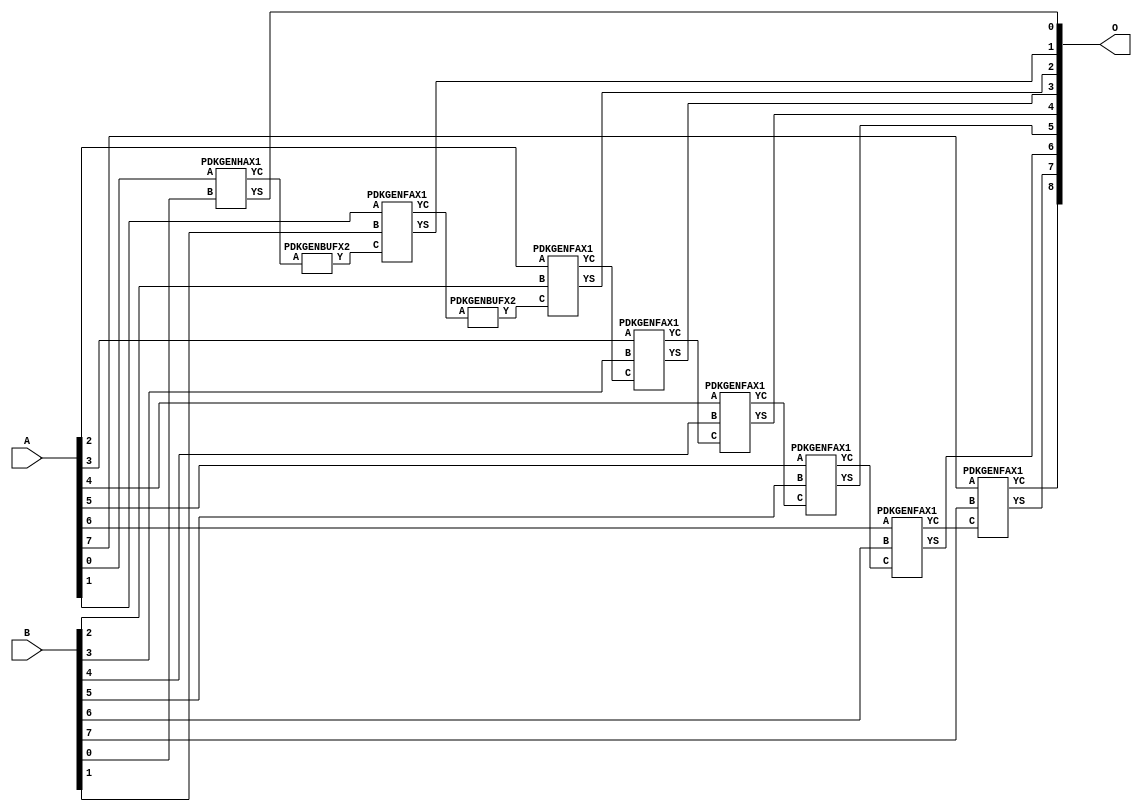
// Library = EvoApprox8b
// Circuit = add8_146
// Area   (180) = 968
// Delay  (180) = 1.760
// Power  (180) = 355.10
// Area   (45) = 72
// Delay  (45) = 0.680
// Power  (45) = 34.02
// Nodes = 10
// HD = 0
// MAE = 0.00000
// MSE = 0.00000
// MRE = 0.00 %
// WCE = 0
// WCRE = 0 %
// EP = 0.0 %

module add8_146(A, B, O);
  input [7:0] A;
  input [7:0] B;
  output [8:0] O;
  wire [2031:0] N;

  assign N[0] = A[0];
  assign N[1] = A[0];
  assign N[2] = A[1];
  assign N[3] = A[1];
  assign N[4] = A[2];
  assign N[5] = A[2];
  assign N[6] = A[3];
  assign N[7] = A[3];
  assign N[8] = A[4];
  assign N[9] = A[4];
  assign N[10] = A[5];
  assign N[11] = A[5];
  assign N[12] = A[6];
  assign N[13] = A[6];
  assign N[14] = A[7];
  assign N[15] = A[7];
  assign N[16] = B[0];
  assign N[17] = B[0];
  assign N[18] = B[1];
  assign N[19] = B[1];
  assign N[20] = B[2];
  assign N[21] = B[2];
  assign N[22] = B[3];
  assign N[23] = B[3];
  assign N[24] = B[4];
  assign N[25] = B[4];
  assign N[26] = B[5];
  assign N[27] = B[5];
  assign N[28] = B[6];
  assign N[29] = B[6];
  assign N[30] = B[7];
  assign N[31] = B[7];

  PDKGENHAX1 n76(.A(N[0]), .B(N[16]), .YS(N[76]), .YC(N[77]));
  PDKGENBUFX2 n78(.A(N[77]), .Y(N[78]));
  assign N[79] = N[78];
  PDKGENFAX1 n82(.A(N[2]), .B(N[18]), .C(N[79]), .YS(N[82]), .YC(N[83]));
  PDKGENBUFX2 n112(.A(N[83]), .Y(N[112]));
  PDKGENFAX1 n132(.A(N[4]), .B(N[20]), .C(N[112]), .YS(N[132]), .YC(N[133]));
  PDKGENFAX1 n182(.A(N[6]), .B(N[22]), .C(N[133]), .YS(N[182]), .YC(N[183]));
  PDKGENFAX1 n232(.A(N[8]), .B(N[24]), .C(N[183]), .YS(N[232]), .YC(N[233]));
  PDKGENFAX1 n282(.A(N[10]), .B(N[26]), .C(N[233]), .YS(N[282]), .YC(N[283]));
  PDKGENFAX1 n332(.A(N[12]), .B(N[28]), .C(N[283]), .YS(N[332]), .YC(N[333]));
  PDKGENFAX1 n382(.A(N[14]), .B(N[30]), .C(N[333]), .YS(N[382]), .YC(N[383]));

  assign O[0] = N[76];
  assign O[1] = N[82];
  assign O[2] = N[132];
  assign O[3] = N[182];
  assign O[4] = N[232];
  assign O[5] = N[282];
  assign O[6] = N[332];
  assign O[7] = N[382];
  assign O[8] = N[383];

endmodule
/* mod */
module PDKGENHAX1( input A, input B, output YS, output YC );
    assign YS = A ^ B;
    assign YC = A & B;
endmodule
/* mod */
module PDKGENFAX1( input A, input B, input C, output YS, output YC );
    assign YS = (A ^ B) ^ C;
    assign YC = (A & B) | (B & C) | (A & C);
endmodule
/* mod */
module PDKGENBUFX2(input A, output Y );
     assign Y = A;
endmodule